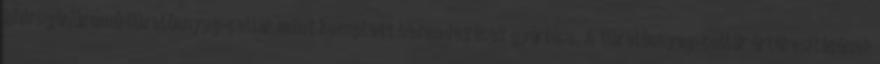
hidrogénüzemû tüzelôanyag-cellák mint komplett berendezések gyártása. A tüzelôanyag-cellák értékesítésének